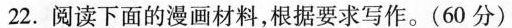
22.阅读下面的漫画材料，根据要求写作。(60分)